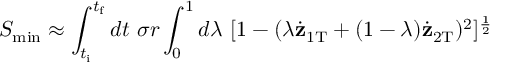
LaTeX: S _ { \mathrm { m i n } } \approx \int _ { t _ { \mathrm { i } } } ^ { t _ { \mathrm { f } } } d t \ \sigma r \int _ { 0 } ^ { 1 } d \lambda \ [ 1 - ( \lambda \dot { { \bf z } } _ { 1 \mathrm { T } } + ( 1 - \lambda ) \dot { { \bf z } } _ { 2 \mathrm { T } } ) ^ { 2 } ] ^ { \frac { 1 } { 2 } }